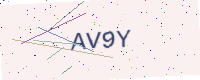
Text: AV9Y